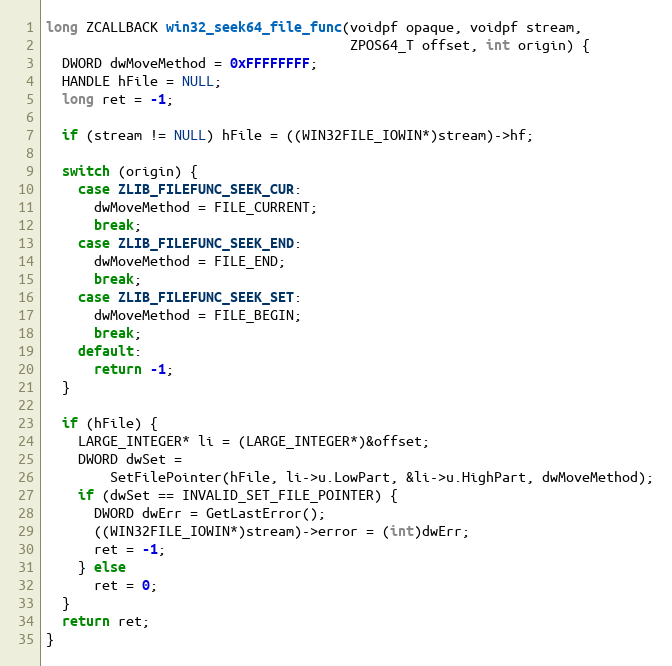
Language: C++
long ZCALLBACK win32_seek64_file_func(voidpf opaque, voidpf stream,
                                      ZPOS64_T offset, int origin) {
  DWORD dwMoveMethod = 0xFFFFFFFF;
  HANDLE hFile = NULL;
  long ret = -1;

  if (stream != NULL) hFile = ((WIN32FILE_IOWIN*)stream)->hf;

  switch (origin) {
    case ZLIB_FILEFUNC_SEEK_CUR:
      dwMoveMethod = FILE_CURRENT;
      break;
    case ZLIB_FILEFUNC_SEEK_END:
      dwMoveMethod = FILE_END;
      break;
    case ZLIB_FILEFUNC_SEEK_SET:
      dwMoveMethod = FILE_BEGIN;
      break;
    default:
      return -1;
  }

  if (hFile) {
    LARGE_INTEGER* li = (LARGE_INTEGER*)&offset;
    DWORD dwSet =
        SetFilePointer(hFile, li->u.LowPart, &li->u.HighPart, dwMoveMethod);
    if (dwSet == INVALID_SET_FILE_POINTER) {
      DWORD dwErr = GetLastError();
      ((WIN32FILE_IOWIN*)stream)->error = (int)dwErr;
      ret = -1;
    } else
      ret = 0;
  }
  return ret;
}